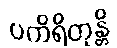
ပကိရိတုန္တိ